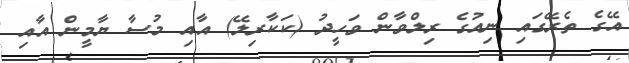
އޭގެ ތެރޭގައި ނިއުގެ ރިލްވާން ވަހީދު (ކަކާރިލޭ) އާއި މުސާ ޔާމީން އާއި